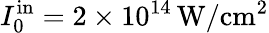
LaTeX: I_{0}^{\mathrm{in}}=2\times 10^{14}\, \mathrm{W/cm^{2}}